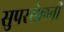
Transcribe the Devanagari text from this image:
सुपरसेलनी